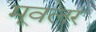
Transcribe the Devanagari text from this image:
मूवलर